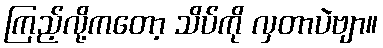
ကြည့်လို့ကတော့ သိပ်ကို လှတာပဲဗျာ။